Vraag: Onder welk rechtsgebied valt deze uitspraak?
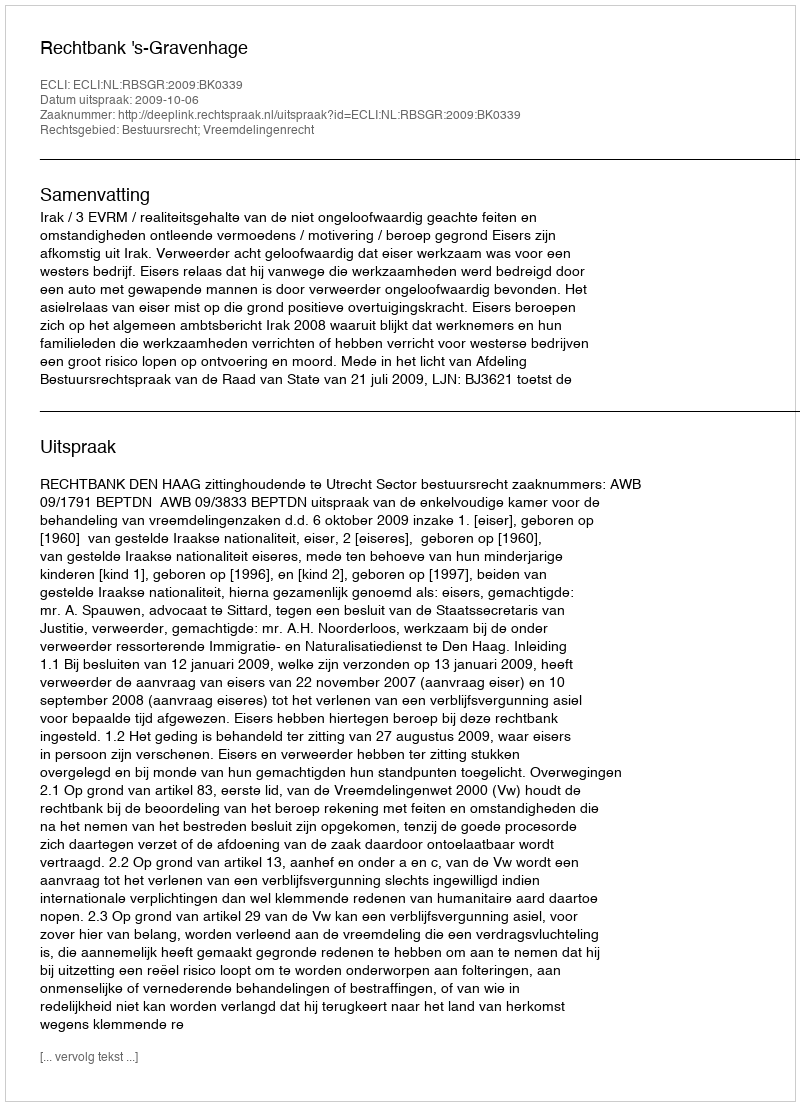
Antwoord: Bestuursrecht; Vreemdelingenrecht